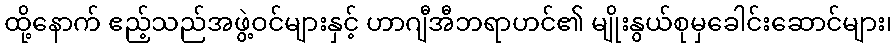
ထို့နောက် ဧည့်သည်အဖွဲ့ဝင်များနှင့် ဟာဂျီအီဘရာဟင်၏ မျိုးနွယ်စုမှခေါင်းဆောင်များ၊